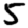
Digit: 5